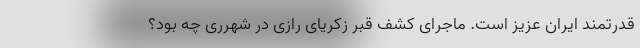
قدرتمند ایران عزیز است. ماجرای کشف قبر زکریای رازی در شهرری چه بود؟